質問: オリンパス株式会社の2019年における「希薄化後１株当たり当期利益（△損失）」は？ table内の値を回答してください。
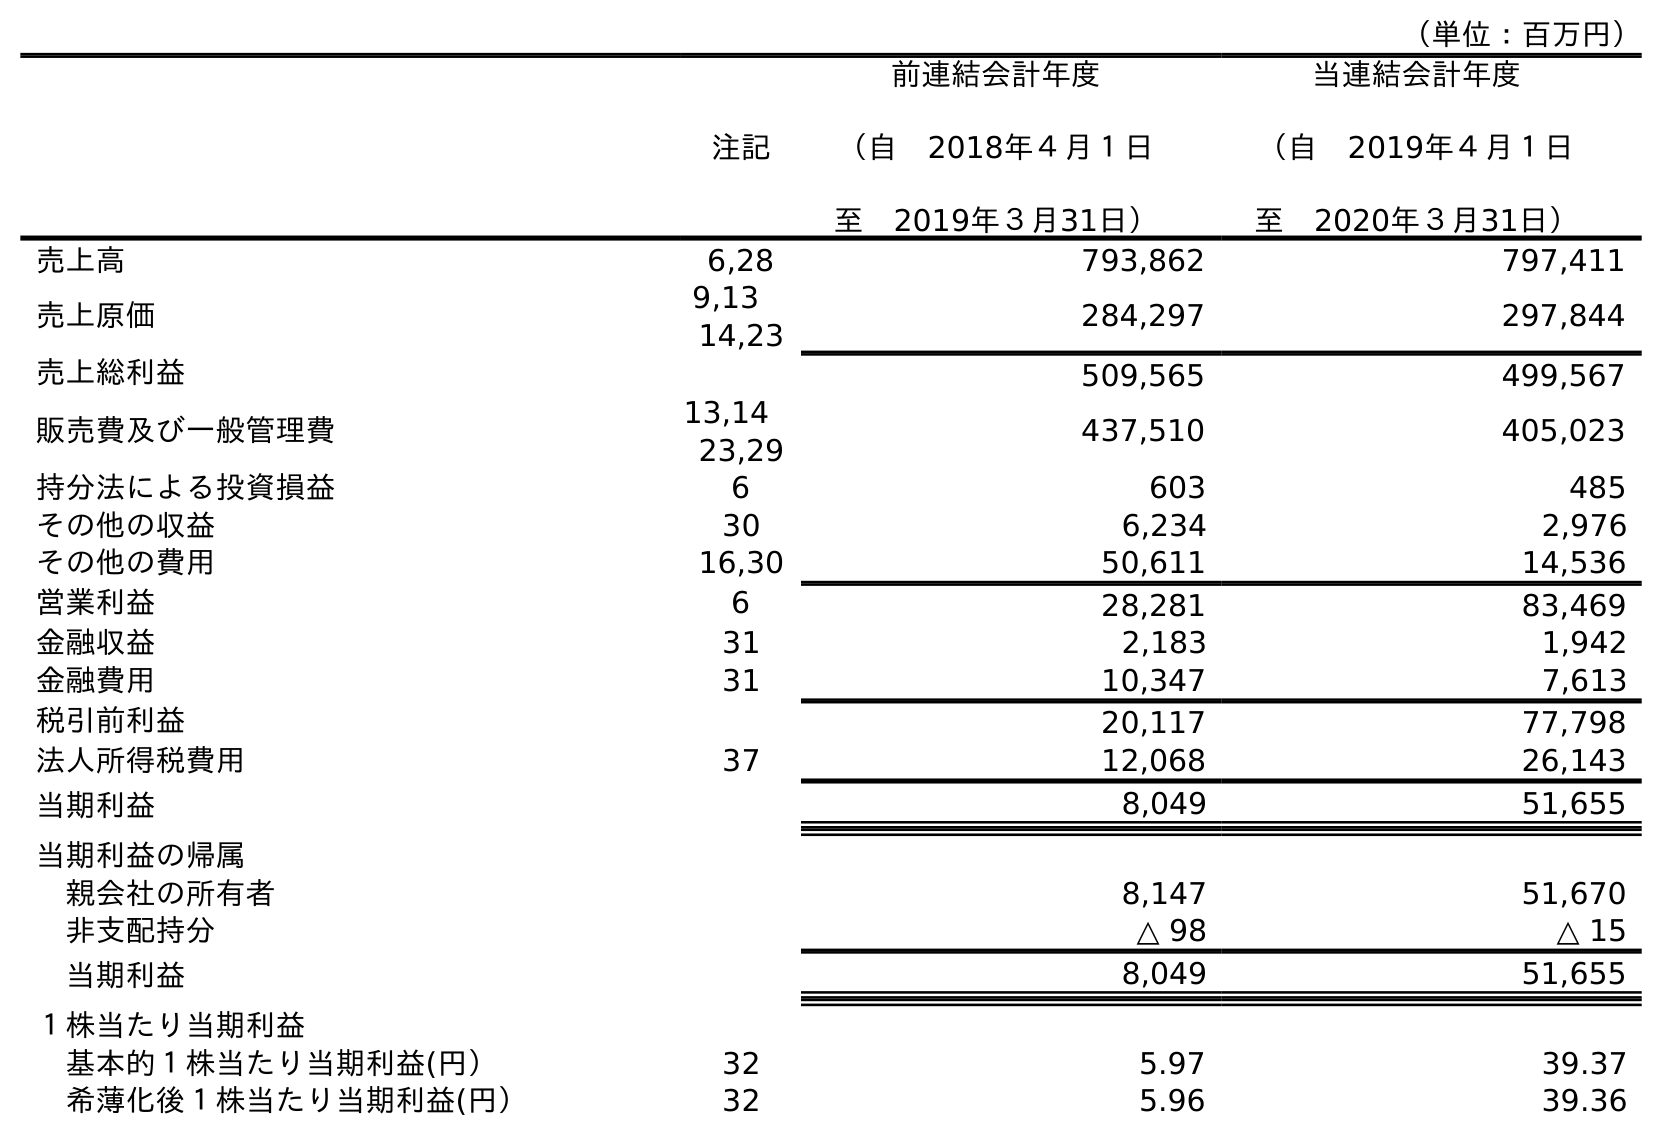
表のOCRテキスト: （単位：百万円） 注記 前連結会計年度 （自 2018年４月１日 至 2019年３月31日） 当連結会計年度 （自 2019年４月１日 至 2020年３月31日） 売上高 6,28 793,862 797,411 売上原価 9,13  14,23 284,297 297,844 売上総利益 509,565 499,567 販売費及び一般管理費 13,14  23,29 437,510 405,023 持分法による投資損益 6 603 485 その他の収益 30 6,234 2,976 その他の費用 16,30 50,611 14,536 営業利益 6 28,281 83,469 金融収益 31 2,183 1,942 金融費用 31 10,347 7,613 税引前利益 20,117 77,798 法人所得税費用 37 12,068 26,143 当期利益 8,049 51,655 当期利益の帰属 親会社の所有者 8,147 51,670 非支配持分 △ 98 △ 15 当期利益 8,049 51,655 １株当たり当期利益 基本的１株当たり当期利益(円） 32 5.97 39.37 希薄化後１株当たり当期利益(円） 32 5.96 39.36
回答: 5.96